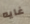
غايه